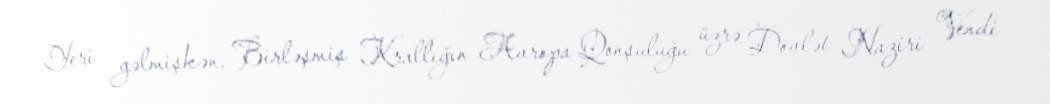
Yeri gəlmişkən, Birləşmiş Krallığın Avropa Qonşuluğu üzrə Dövlət Naziri Vendi